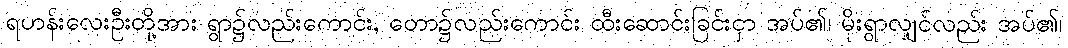
ရဟန်းလေးဦးတို့အား ရွာ၌လည်းကောင်း, တော၌လည်းကောင်း ထီးဆောင်းခြင်းငှာ အပ်၏၊ မိုးရွာလျှင်လည်း အပ်၏၊